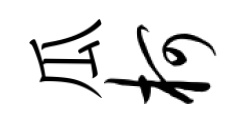
瓜柯